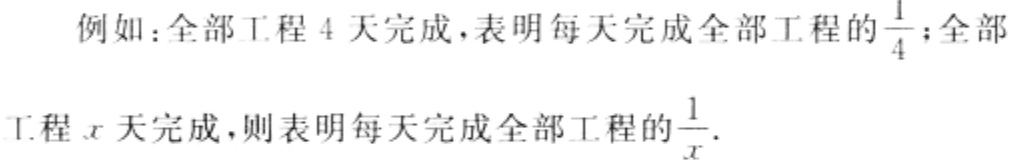
例如：全部工程 4 天完成，表明每天完成全部工程的$\frac{1}{4}$；全部工程$x$天完成，则表明每天完成全部工程的$\frac{1}{x}$.